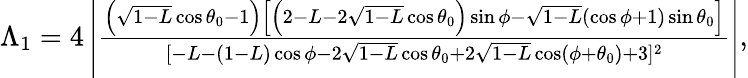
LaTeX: \begin{array}{r}{\Lambda_{1}=4\left|\frac{\left(\sqrt{1-L}\cos\theta_{0}-1\right)\left[\left(2-L-2\sqrt{1-L}\cos\theta_{0}\right)\sin\phi-\sqrt{1-L}(\cos\phi+1)\sin\theta_{0}\right]}{[-L-(1-L)\cos\phi-2\sqrt{1-L}\cos\theta_{0}+2\sqrt{1-L}\cos(\phi+\theta_{0})+3]^{2}}\right|,}\end{array}